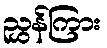
ညွှန်ကြား